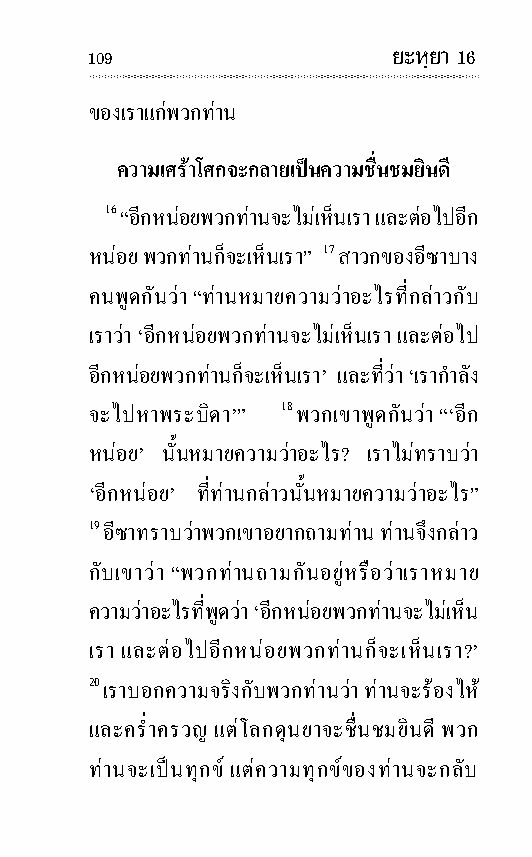
109                 ยะหฺยา 16
 ของเราแกพวกทาน
 ความเศรา โศกจะกลายเปนความชื่น ชมยินดี
 16 “อีกหนอยพวกทานจะไมเห็นเรา และตอ ไปอีก
 หนอย พวกทานก็จะเห็นเรา” 17 สา วกของอี ซาบาง
 คนพูดกันวา “ทานหมายความวาอะไรที่กลาวกับ
 เราวา ‘อีกหนอยพวกทานจะไมเห็นเรา และตอ ไป
 อีกหนอยพวกทานก็จะเห็นเรา’ และที่วา ‘เรากํา ลัง
 จะไปหาพระ บิดา’” 18 พวกเขาพูดกันวา “‘อีก
 หนอย’ นั้นหมายความวาอะไร? เราไมทราบ วา
 ‘อีกหนอย’ ที่ทานกลาวนั้นหมายความวาอะไร”
 19 อี ซาทราบ วาพวกเขาอยากถามทาน ทานจึงกลาว
 กับเขาวา “พวกทานถามกันอยูหรือวาเราหมาย
 ความวาอะไรที่พูดวา ‘อีกหนอยพวกทานจะไมเห็น
 เรา และตอ ไปอีกหนอยพวกทานก็จะเห็นเรา?’
 20 เราบอกความ จริงกับพวกทานวา ทานจะรอง ไห
 และคร่ํา ครวญ แตโลกดุนยาจะชื่น ชมยินดี พวก
 ทานจะเปนทุกข แตความทุกขของทานจะกลับ